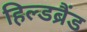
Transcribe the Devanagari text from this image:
हिल्डब्रैंड